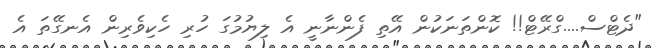
"ދެޓްސް....ގްރޭޓް!! ކޮންތަނަކުން އޭތި ފެންނާނީ އެ ލިޔުމުގަ ހުރި ހެކިވެރިން އެނގޭތަ އެ